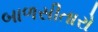
બાળસીતારો